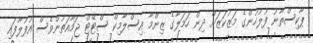
ޕާކިސްތާނު ފުލުހުންގެ މަޒުކަޒަށް ދިން ހަމަލާގެ ޒިންމާ އިސްލާމިކް ސްޓޭޓް ޖަމާއަތުންވެސް އުފުލާފައި